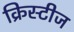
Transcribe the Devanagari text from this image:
क्रिस्टीज